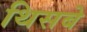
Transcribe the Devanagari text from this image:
थिसबे